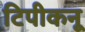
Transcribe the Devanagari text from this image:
टिपीकनू